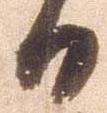
日